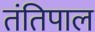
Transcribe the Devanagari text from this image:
तंतिपाल